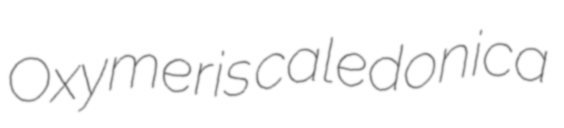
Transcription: Oxymeris caledonica